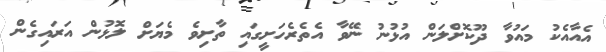
އެއާއެކު މައުވާ ދޫކޮށްލަން އުޅުނު ނޭވާ އެތެރެހަށީގައި ތާށިވެ މެޔަށް ލޮޅުން އަރައިގެން